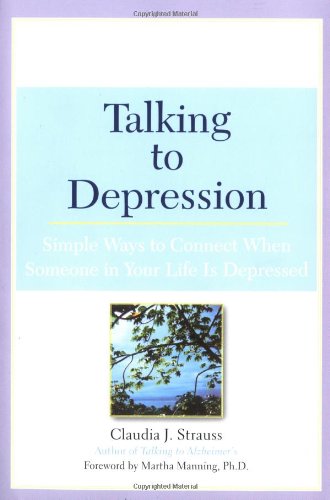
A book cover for Talking to Depression: Simple Ways To Connect When Someone In Your Life Is Depressed: Simple Ways To Connect When Someone In Your Life Is Depressed; Claudia J. Strauss; Health, Fitness & Dieting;